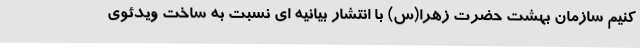
کنیم سازمان بهشت حضرت زهرا(س) با انتشار بیانیه ای نسبت به ساخت ویدئوی